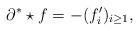
LaTeX: \begin{align*} \partial^* \star f=-(f'_i)_{i \ge 1},\end{align*}